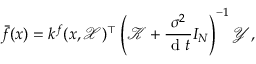
\bar { f } ( x ) = k ^ { f } ( x , \mathcal { X } ) ^ { \top } \left( \mathcal { K } + \frac { { \sigma } ^ { 2 } } { \mathrm { ~ d ~ } t } I _ { N } \right) ^ { - 1 } \mathcal { Y } ,